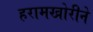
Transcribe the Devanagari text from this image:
हरामखोरीने